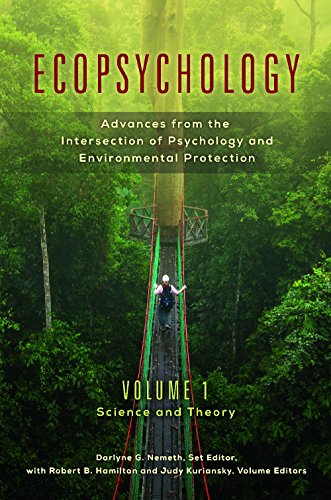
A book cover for Ecopsychology [2 volumes]: Advances from the Intersection of Psychology and Environmental Protection (Practical and Applied Psychology); Darlyne G. Nemeth; Medical Books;